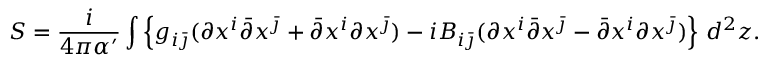
S = \frac i { 4 \pi \alpha ^ { \prime } } \int \left\{ g _ { i \bar { \jmath } } ( \partial x ^ { i } \bar { \partial } x ^ { \bar { \jmath } } + \bar { \partial } x ^ { i } \partial x ^ { \bar { \jmath } } ) - i B _ { i \bar { \jmath } } ( \partial x ^ { i } \bar { \partial } x ^ { \bar { \jmath } } - \bar { \partial } x ^ { i } \partial x ^ { \bar { \jmath } } ) \right\} \, d ^ { 2 } z .